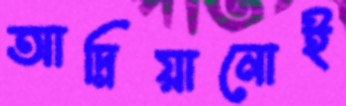
আদ্রিয়ানোই